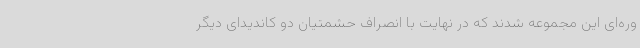
وره‌ای این مجموعه شدند که در نهایت با انصراف حشمتیان دو کاندیدای دیگر